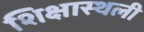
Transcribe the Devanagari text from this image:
शिक्षास्थली